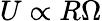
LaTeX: U\propto R\Omega